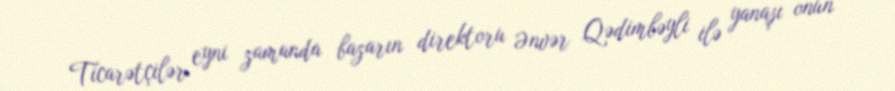
Ticarətçilər eyni zamanda bazarın direktoru Ənvər Qədimbəyli ilə yanaşı onun